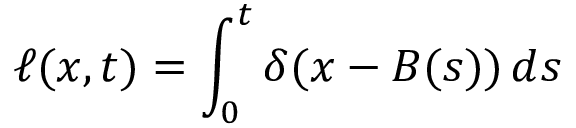
\ell ( x , t ) = \int _ { 0 } ^ { t } \delta ( x - B ( s ) ) \, d s